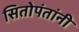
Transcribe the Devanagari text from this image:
सितोपंतांनी